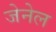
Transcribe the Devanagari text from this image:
जेनेल